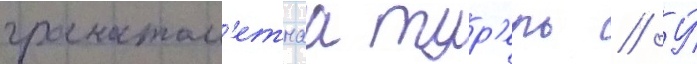
гранатом'етнаа тур'ель // У́